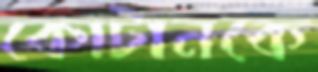
কোটানকে